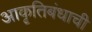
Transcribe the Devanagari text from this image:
आकृतिबंधाची